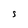
Character: S